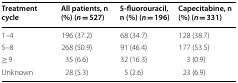
<table><thead><tr><td><b>Treatment cycle</b></td><td><b>All patients, n (%) (<i>n </i>= 527)</b></td><td><b>5-fluorouracil, n (%) (<i>n </i>= 196)</b></td><td><b>Capecitabine, n (%) (<i>n </i>= 331)</b></td></tr></thead><tbody><tr><td>1–4</td><td>196 (37.2)</td><td>68 (34.7)</td><td>128 (38.7)</td></tr><tr><td>5–8</td><td>268 (50.9)</td><td>91 (46.4)</td><td>177 (53.5)</td></tr><tr><td>≥ 9</td><td>35 (6.6)</td><td>32 (16.3)</td><td>3 (0.9)</td></tr><tr><td>Unknown</td><td>28 (5.3)</td><td>5 (2.6)</td><td>23 (6.9)</td></tr></tbody></table>